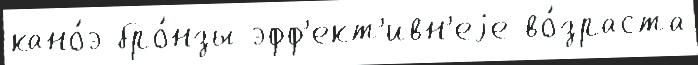
кано́э бро́нзы эфф'ект'ивн'еjе во́зраста